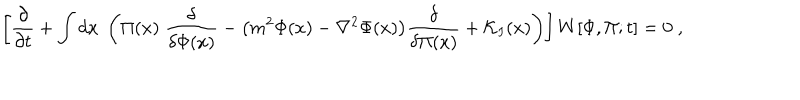
LaTeX: \left[ { \frac { \partial } { \partial t } } + \int d x \; \left( \Pi ( x ) \; { \frac { \delta } { \delta \Phi ( x ) } } - \big ( m ^ { 2 } \Phi ( x ) - \nabla ^ { 2 } \Phi ( x ) \big ) { \frac { \delta } { \delta \Pi ( x ) } } + { \cal K } _ { I } ( x ) \right) \right] W [ \Phi , \Pi ; t ] = 0 \; ,